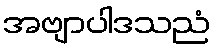
အဗျာပါဒသညံ